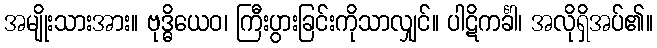
အမျိုးသားအား။ ဗုဒ္ဓိယေဝ၊ ကြီးပွားခြင်းကိုသာလျှင်။ ပါဋိကင်္ခါ၊ အလိုရှိအပ်၏။